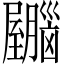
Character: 𫇂